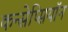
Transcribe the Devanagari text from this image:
कन्सेप्सियॉन